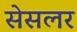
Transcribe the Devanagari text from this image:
सेसलर